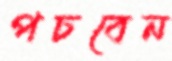
পচবেন